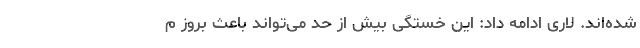
شده‌اند. لاری ادامه داد: این خستگی بیش از حد می‌تواند باعث بروز م